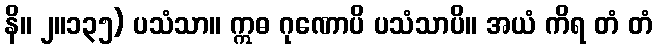
နိ။ ၂။၁၃၅) ပသံသာ။ ဣဓ ဂုဏောပိ ပသံသာပိ။ အယံ ကိရ တံ တံ